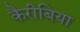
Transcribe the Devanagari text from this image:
कैरीबिया